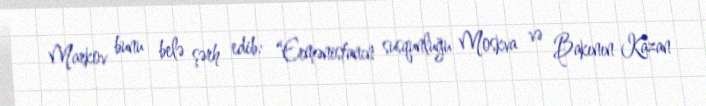
Markov bunu belə şərh edib: “Ermənistanın susqunluğu Moskva və Bakının Kazan